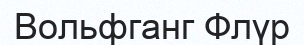
Вольфганг Флүр